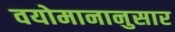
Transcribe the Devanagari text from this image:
वयोमानानुसार